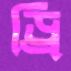
ড্রি